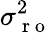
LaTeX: \sigma_{\mathrm{~r~o~}}^{2}